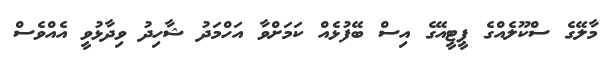
މާލޭގެ ސްކޫލެއްގެ ޕީޓީއޭގެ އިސް ބޭފުޅެއް ކަމަށްވާ އަހްމަދު ޝާހިދު ވިދާޅުވީ އެއްވެސް